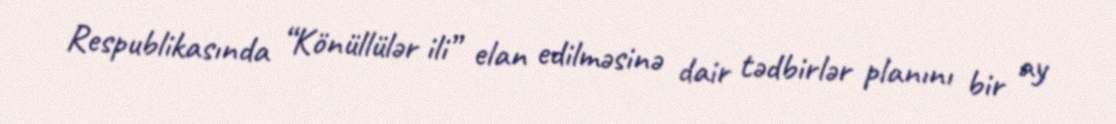
Respublikasında “Könüllülər ili” elan edilməsinə dair tədbirlər planını bir ay